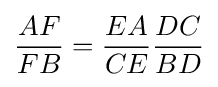
{\frac {AF}{FB}}={\frac {EA}{CE}}{\frac {DC}{BD}}